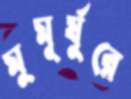
মুমূর্ষুরে